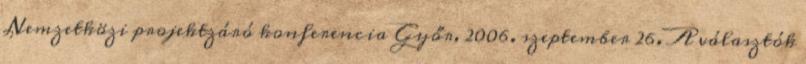
Nemzetközi projektzáró konferencia Győr, 2006. szeptember 26. A választók